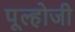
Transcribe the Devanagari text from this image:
पूल्होजी